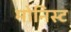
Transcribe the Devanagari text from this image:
मोनिस्ट